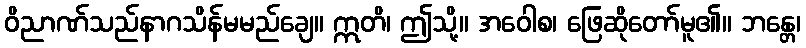
ဝိညာဏ်သည်နာဂသိန်မမည်ချေ။ ဣတိ၊ ဤသို့။ အဝေါစ၊ ဖြေဆိုတော်မူ၏။ ဘန္တေ၊